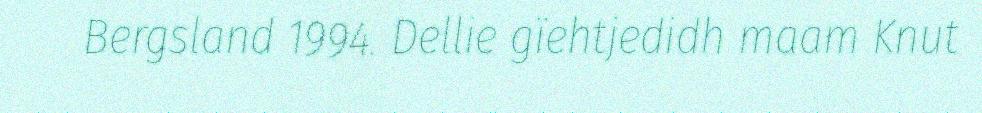
Bergsland 1994. Dellie gïehtjedidh maam Knut